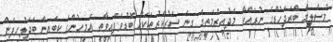
މުސްލިމް ބްރަދަހުޑްގެ ނުރައްކާ މެދުއިރުމަތީގެ ގިނަ ސަރުކާރުތަކަށް ބޮޑުވެފައިވާތީ އެމީހުންގެ ކިބައިން ބަދަލުހިފަން